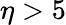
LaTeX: \eta>5